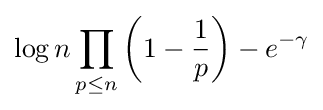
\log n\prod _{p\leq n}\left(1-{\frac {1}{p}}\right)-e^{-\gamma }